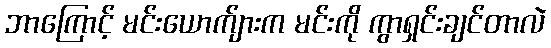
ဘာကြောင့် မင်းယောက်ျားက မင်းကို ကွာရှင်းချင်တာလဲ